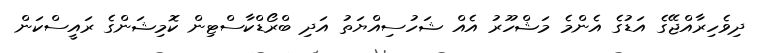
ދިވެހިރާއްޖޭގެ އަޑުގެ އެންމެ މަޝްހޫރު އެއް ޝަހުސިއްޔަތު އަދި ބްރޯޑްކާސްޓިން ކޮމިޝަންގެ ރައީސްކަން